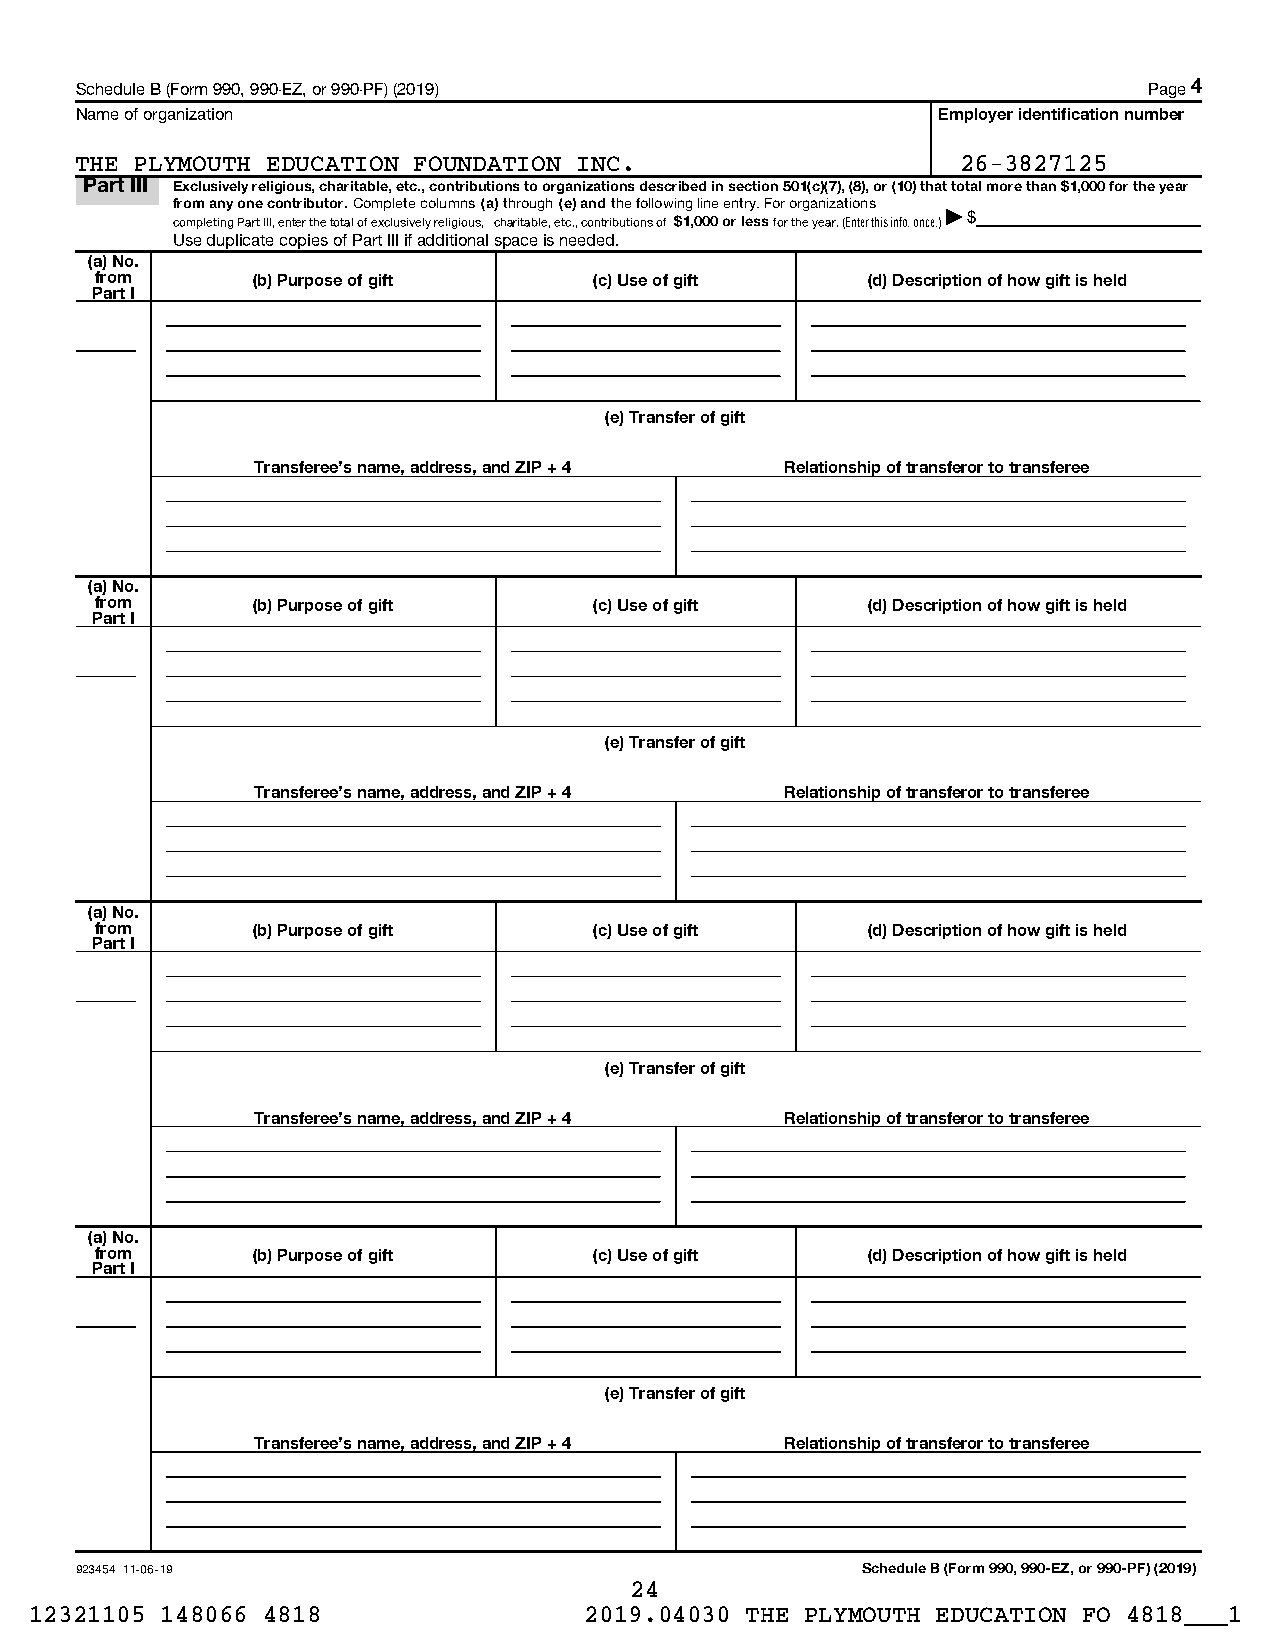
Schedule B (Form 990, 990-EZ, or 990-PF) (2019)                        Page 4
 Name of organization                                     Employer identification number
 THE PLYMOUTH EDUCATION FOUNDATION INC.                     26-3827125
 Part III Exclusively religious, charitable, etc., contributions to organizations described in section 501(c)(7), (8), or (10) that total more than $1,000 for the year
 from any one contributor. Complete columns (a) through (e) and the following line entry. For organizations
 completing Part III, enter the total of exclusively religious, charitable, etc., contributions of $1,000 or less for the year. (Enter this info. once.)| $
 Use duplicate copies of Part III if additional space is needed.
 (a) No.
 from       (b) Purpose of gift   (c) Use of gift   (d) Description of how gift is held
 Part I
 (e) Transfer of gift
 Transferee's name, address, and ZIP + 4 Relationship of transferor to transferee
 (a) No.
 from       (b) Purpose of gift   (c) Use of gift   (d) Description of how gift is held
 Part I
 (e) Transfer of gift
 Transferee's name, address, and ZIP + 4 Relationship of transferor to transferee
 (a) No.
 from       (b) Purpose of gift   (c) Use of gift   (d) Description of how gift is held
 Part I
 (e) Transfer of gift
 Transferee's name, address, and ZIP + 4 Relationship of transferor to transferee
 (a) No.
 from       (b) Purpose of gift   (c) Use of gift   (d) Description of how gift is held
 Part I
 (e) Transfer of gift
 Transferee's name, address, and ZIP + 4 Relationship of transferor to transferee
 923454 11-06-19                                     Schedule B (Form 990, 990-EZ, or 990-PF) (2019)
 24
 12321105 148066 4818                 2019.04030 THE PLYMOUTH EDUCATION FO 4818___1